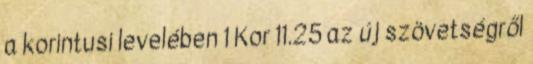
a korintusi levelében 1 Kor 11.25 az új szövetségről